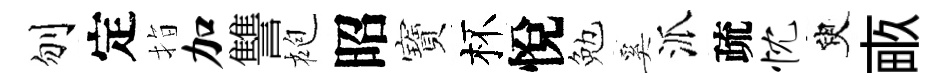
刎定指加讐袍昭寶杯悅勉奚派疏忱臾畞